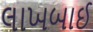
લાખબાઈ